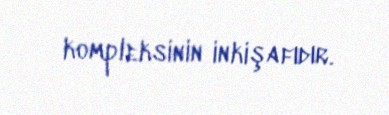
kompleksinin inkişafıdır.